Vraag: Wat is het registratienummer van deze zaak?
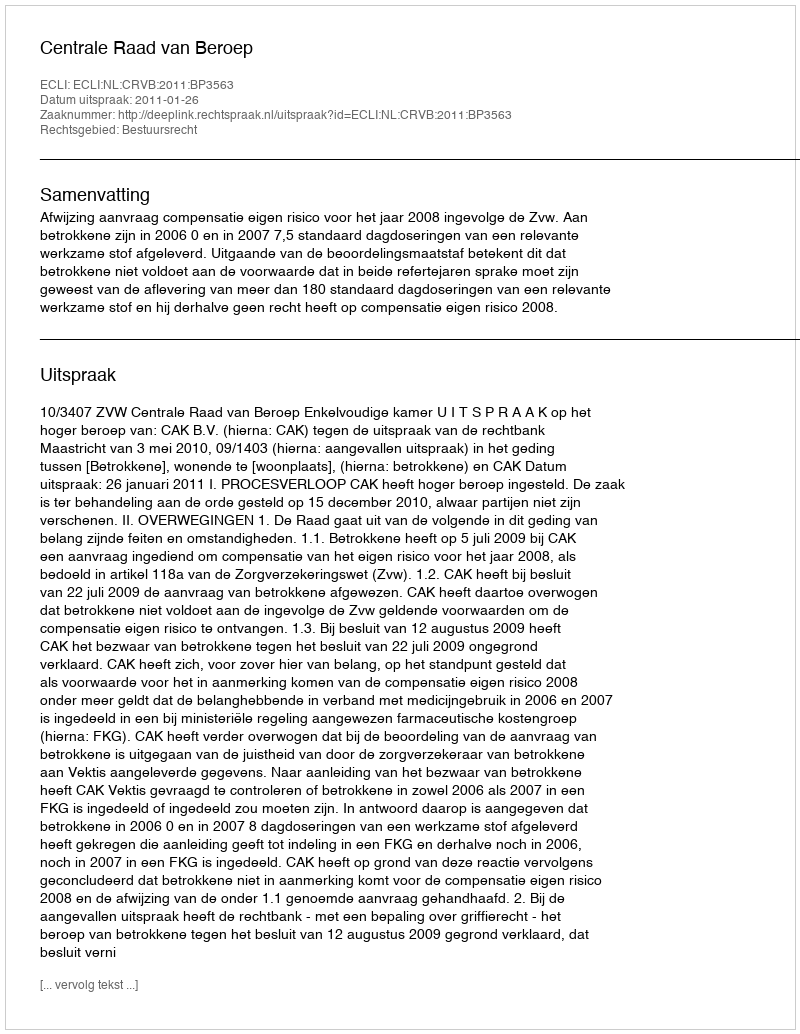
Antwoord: http://deeplink.rechtspraak.nl/uitspraak?id=ECLI:NL:CRVB:2011:BP3563